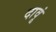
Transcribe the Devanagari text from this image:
दावूं